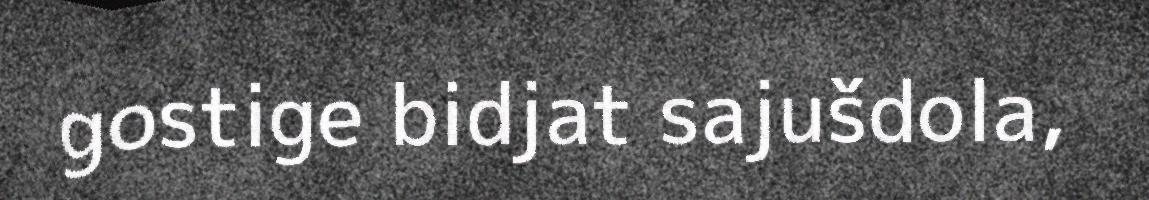
gostige bidjat sajušdola,